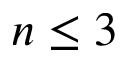
n \leq 3